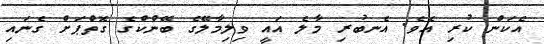
އެކަން ކުރި އެވެ. އެނބުރި މާލެ އައީ ވިލިމާލޭގެ ބޭންކްގެ ގޮތްޕަށް ގެނައި